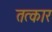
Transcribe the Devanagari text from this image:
तत्कार